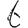
Digit: 6